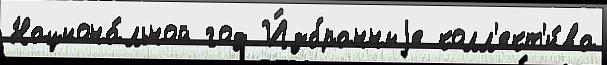
Национа́льной год И́збранныjе колл'ект'и́ва